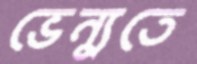
ভেন্যুতে